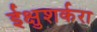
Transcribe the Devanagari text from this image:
ईक्षुशर्करा